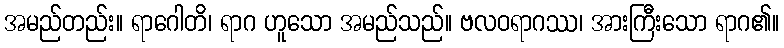
အမည်တည်း။ ရာဂေါတိ၊ ရာဂ ဟူသော အမည်သည်။ ဗလဝရာဂဿ၊ အားကြီးသော ရာဂ၏။